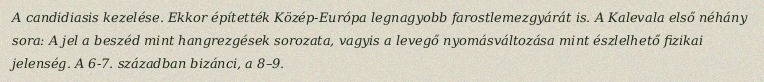
A candidiasis kezelése. Ekkor építették Közép-Európa legnagyobb farostlemezgyárát is. A Kalevala első néhány sora: A jel a beszéd mint hangrezgések sorozata, vagyis a levegő nyomásváltozása mint észlelhető fizikai jelenség. A 6-7. században bizánci, a 8–9.